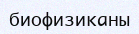
биофизиканы